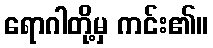
ရောဂါတို့မှ ကင်း၏။